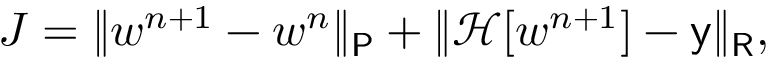
J = \| w ^ { n + 1 } - w ^ { n } \| _ { \mathsf { P } } + \| \mathcal { H } [ w ^ { n + 1 } ] - \mathsf { y } \| _ { \mathsf { R } } ,